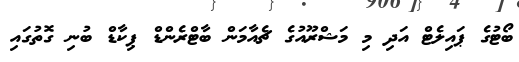
ބޯޓުގެ ޕައިލެޓް އަދި މި މަޝްރޫއުގެ ޗެއާމަން ބާޓްރެންޑް ޕިކާޑް ބުނި ގޮތުގައި